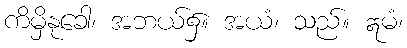
ကိမှိနုခေါ၊ အဘယ်၌။ အယံ၊ သည်။ ဣမံ၊